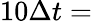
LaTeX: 10\Delta t=